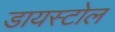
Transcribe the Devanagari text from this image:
डायस्टोल